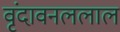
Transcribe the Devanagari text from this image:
वृंदावनललाल